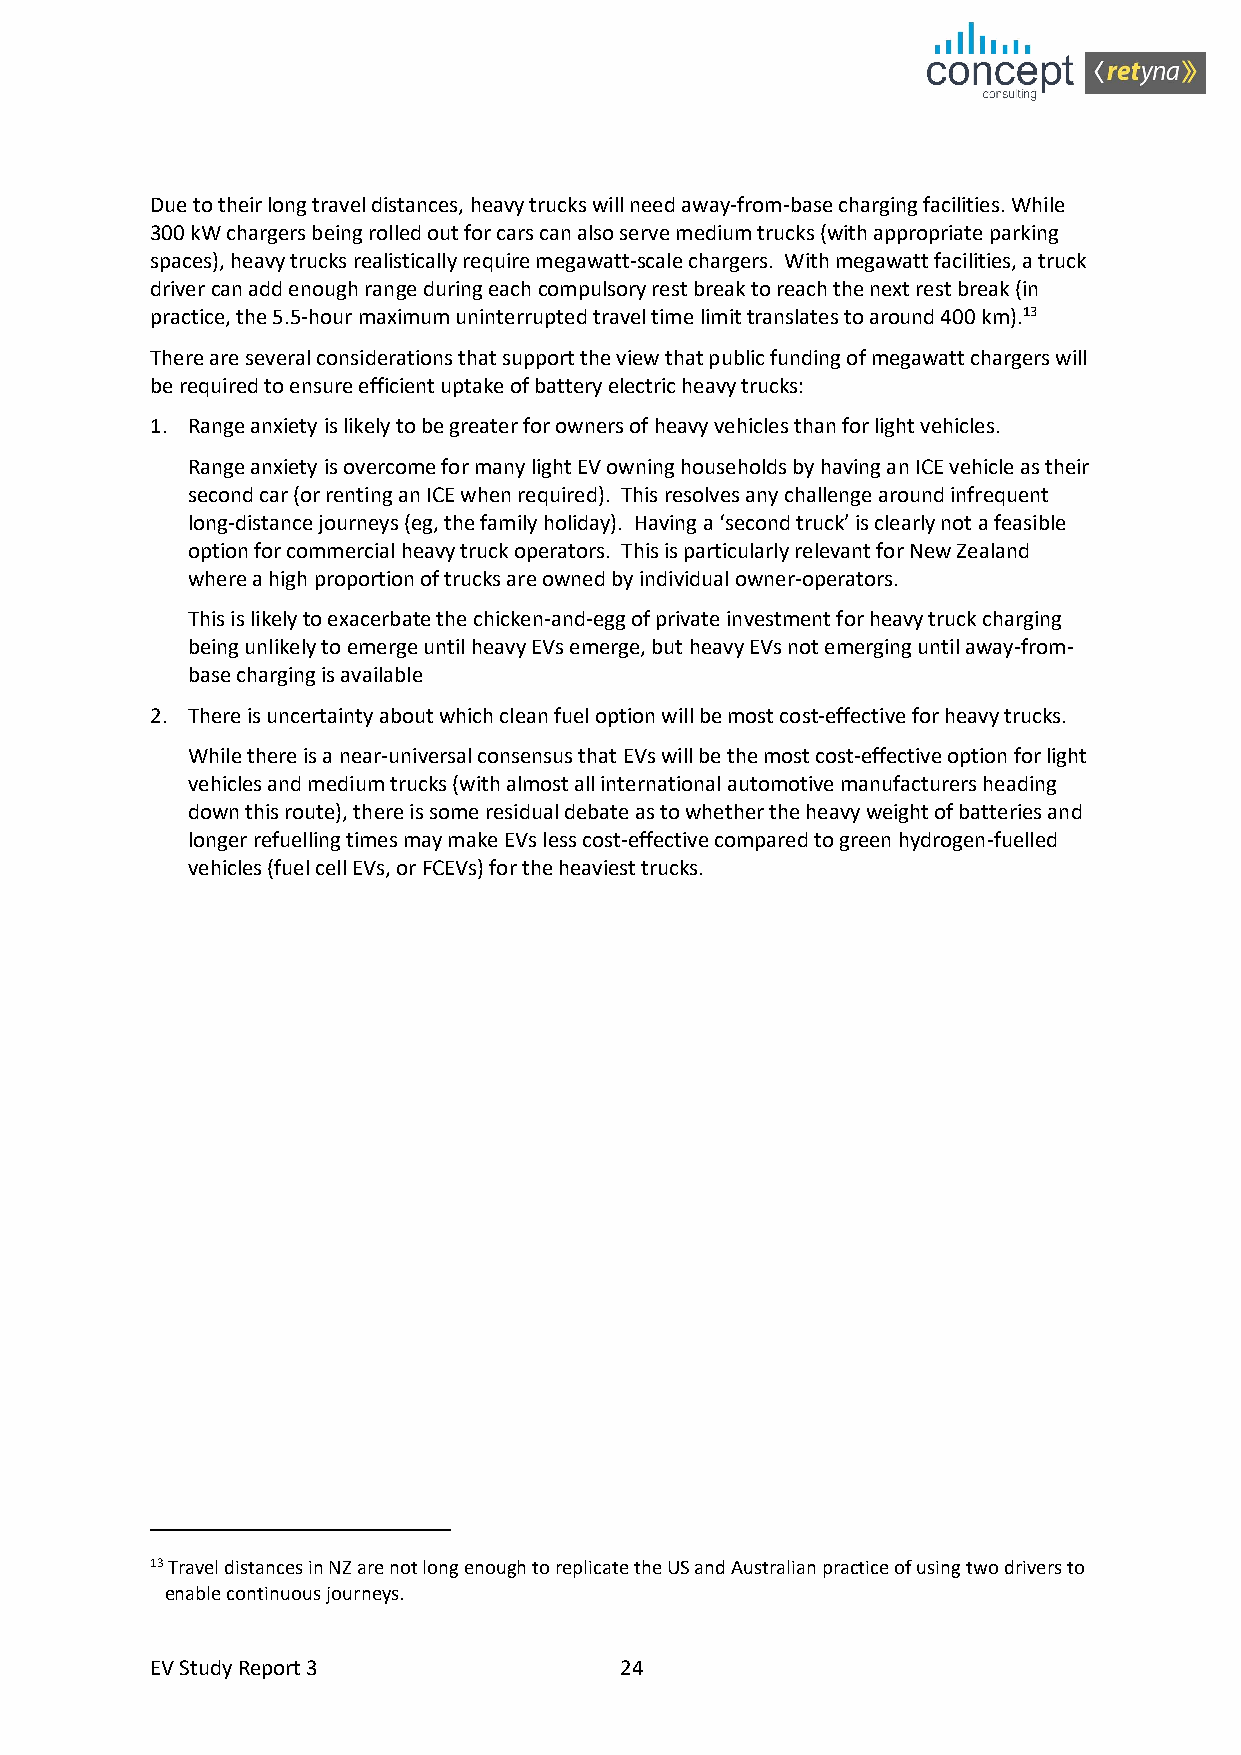
Due to their long travel distances, heavy trucks will need away-from-base charging facilities. While
 300 kW chargers being rolled out for cars can also serve medium trucks (with appropriate parking
 spaces), heavy trucks realistically require megawatt-scale chargers. With megawatt facilities, a truck
 driver can add enough range during each compulsory rest break to reach the next rest break (in
 practice, the 5.5-hour maximum uninterrupted travel time limit translates to around 400 km).13
 There are several considerations that support the view that public funding of megawatt chargers will
 be required to ensure efficient uptake of battery electric heavy trucks:
 1. Range anxiety is likely to be greater for owners of heavy vehicles than for light vehicles.
 Range anxiety is overcome for many light EV owning households by having an ICE vehicle as their
 second car (or renting an ICE when required). This resolves any challenge around infrequent
 long-distance journeys (eg, the family holiday). Having a ‘second truck’ is clearly not a feasible
 option for commercial heavy truck operators. This is particularly relevant for New Zealand
 where a high proportion of trucks are owned by individual owner-operators.
 This is likely to exacerbate the chicken-and-egg of private investment for heavy truck charging
 being unlikely to emerge until heavy EVs emerge, but heavy EVs not emerging until away-from-
 base charging is available
 2. There is uncertainty about which clean fuel option will be most cost-effective for heavy trucks.
 While there is a near-universal consensus that EVs will be the most cost-effective option for light
 vehicles and medium trucks (with almost all international automotive manufacturers heading
 down this route), there is some residual debate as to whether the heavy weight of batteries and
 longer refuelling times may make EVs less cost-effective compared to green hydrogen-fuelled
 vehicles (fuel cell EVs, or FCEVs) for the heaviest trucks.
 13 Travel distances in NZ are not long enough to replicate the US and Australian practice of using two drivers to
 enable continuous journeys.
 EV Study Report 3              24